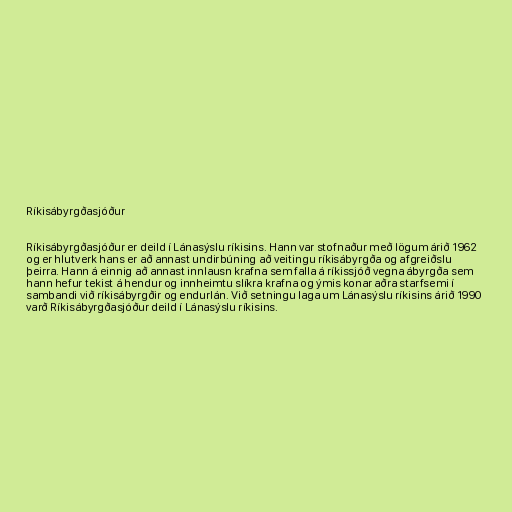
Ríkisábyrgðasjóður

Ríkisábyrgðasjóður er deild í Lánasýslu ríkisins. Hann var stofnaður með lögum árið 1962
og er hlutverk hans er að annast undirbúning að veitingu ríkisábyrgða og afgreiðslu
þeirra. Hann á einnig að annast innlausn krafna sem falla á ríkissjóð vegna ábyrgða sem
hann hefur tekist á hendur og innheimtu slíkra krafna og ýmis konar aðra starfsemi í
sambandi við ríkisábyrgðir og endurlán. Við setningu laga um Lánasýslu ríkisins árið 1990
varð Ríkisábyrgðasjóður deild í Lánasýslu ríkisins.